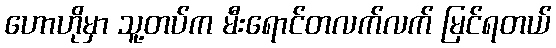
ဟောဟိုမှာ သူ့တပ်က မီးရောင်တလက်လက် မြင်ရတယ်